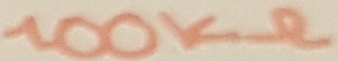
Text: 100KΩ